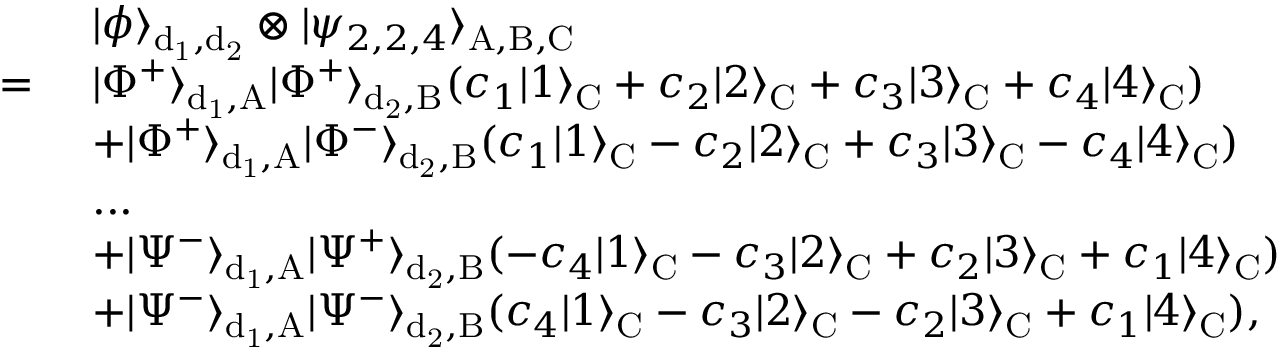
\begin{array} { r l } & { ~ | \phi \rangle _ { \mathrm { d _ { 1 } , d _ { 2 } } } \otimes | \psi _ { 2 , 2 , 4 } \rangle _ { \mathrm { A , B , C } } } \\ { = } & { ~ | \Phi ^ { + } \rangle _ { \mathrm { d _ { 1 } , A } } | \Phi ^ { + } \rangle _ { \mathrm { d _ { 2 } , B } } ( c _ { 1 } | 1 \rangle _ { \mathrm { C } } + c _ { 2 } | 2 \rangle _ { \mathrm { C } } + c _ { 3 } | 3 \rangle _ { \mathrm { C } } + c _ { 4 } | 4 \rangle _ { \mathrm { C } } ) } \\ & { ~ + | \Phi ^ { + } \rangle _ { \mathrm { d _ { 1 } , A } } | \Phi ^ { - } \rangle _ { \mathrm { d _ { 2 } , B } } ( c _ { 1 } | 1 \rangle _ { \mathrm { C } } - c _ { 2 } | 2 \rangle _ { \mathrm { C } } + c _ { 3 } | 3 \rangle _ { \mathrm { C } } - c _ { 4 } | 4 \rangle _ { \mathrm { C } } ) } \\ & { ~ . . . } \\ & { ~ + | \Psi ^ { - } \rangle _ { \mathrm { d _ { 1 } , A } } | \Psi ^ { + } \rangle _ { \mathrm { d _ { 2 } , B } } ( - c _ { 4 } | 1 \rangle _ { \mathrm { C } } - c _ { 3 } | 2 \rangle _ { \mathrm { C } } + c _ { 2 } | 3 \rangle _ { \mathrm { C } } + c _ { 1 } | 4 \rangle _ { \mathrm { C } } ) } \\ & { ~ + | \Psi ^ { - } \rangle _ { \mathrm { d _ { 1 } , A } } | \Psi ^ { - } \rangle _ { \mathrm { d _ { 2 } , B } } ( c _ { 4 } | 1 \rangle _ { \mathrm { C } } - c _ { 3 } | 2 \rangle _ { \mathrm { C } } - c _ { 2 } | 3 \rangle _ { \mathrm { C } } + c _ { 1 } | 4 \rangle _ { \mathrm { C } } ) , } \end{array}